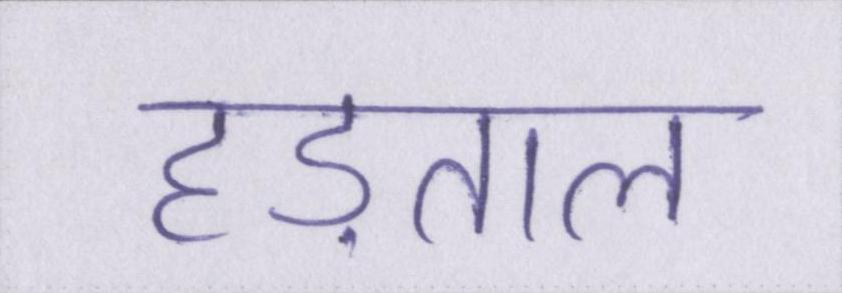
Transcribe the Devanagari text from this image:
हड़ताल